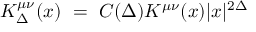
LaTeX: K _ { \Delta } ^ { \mu \nu } ( x ) ~ = ~ C ( \Delta ) K ^ { \mu \nu } ( x ) | x | ^ { 2 \Delta }